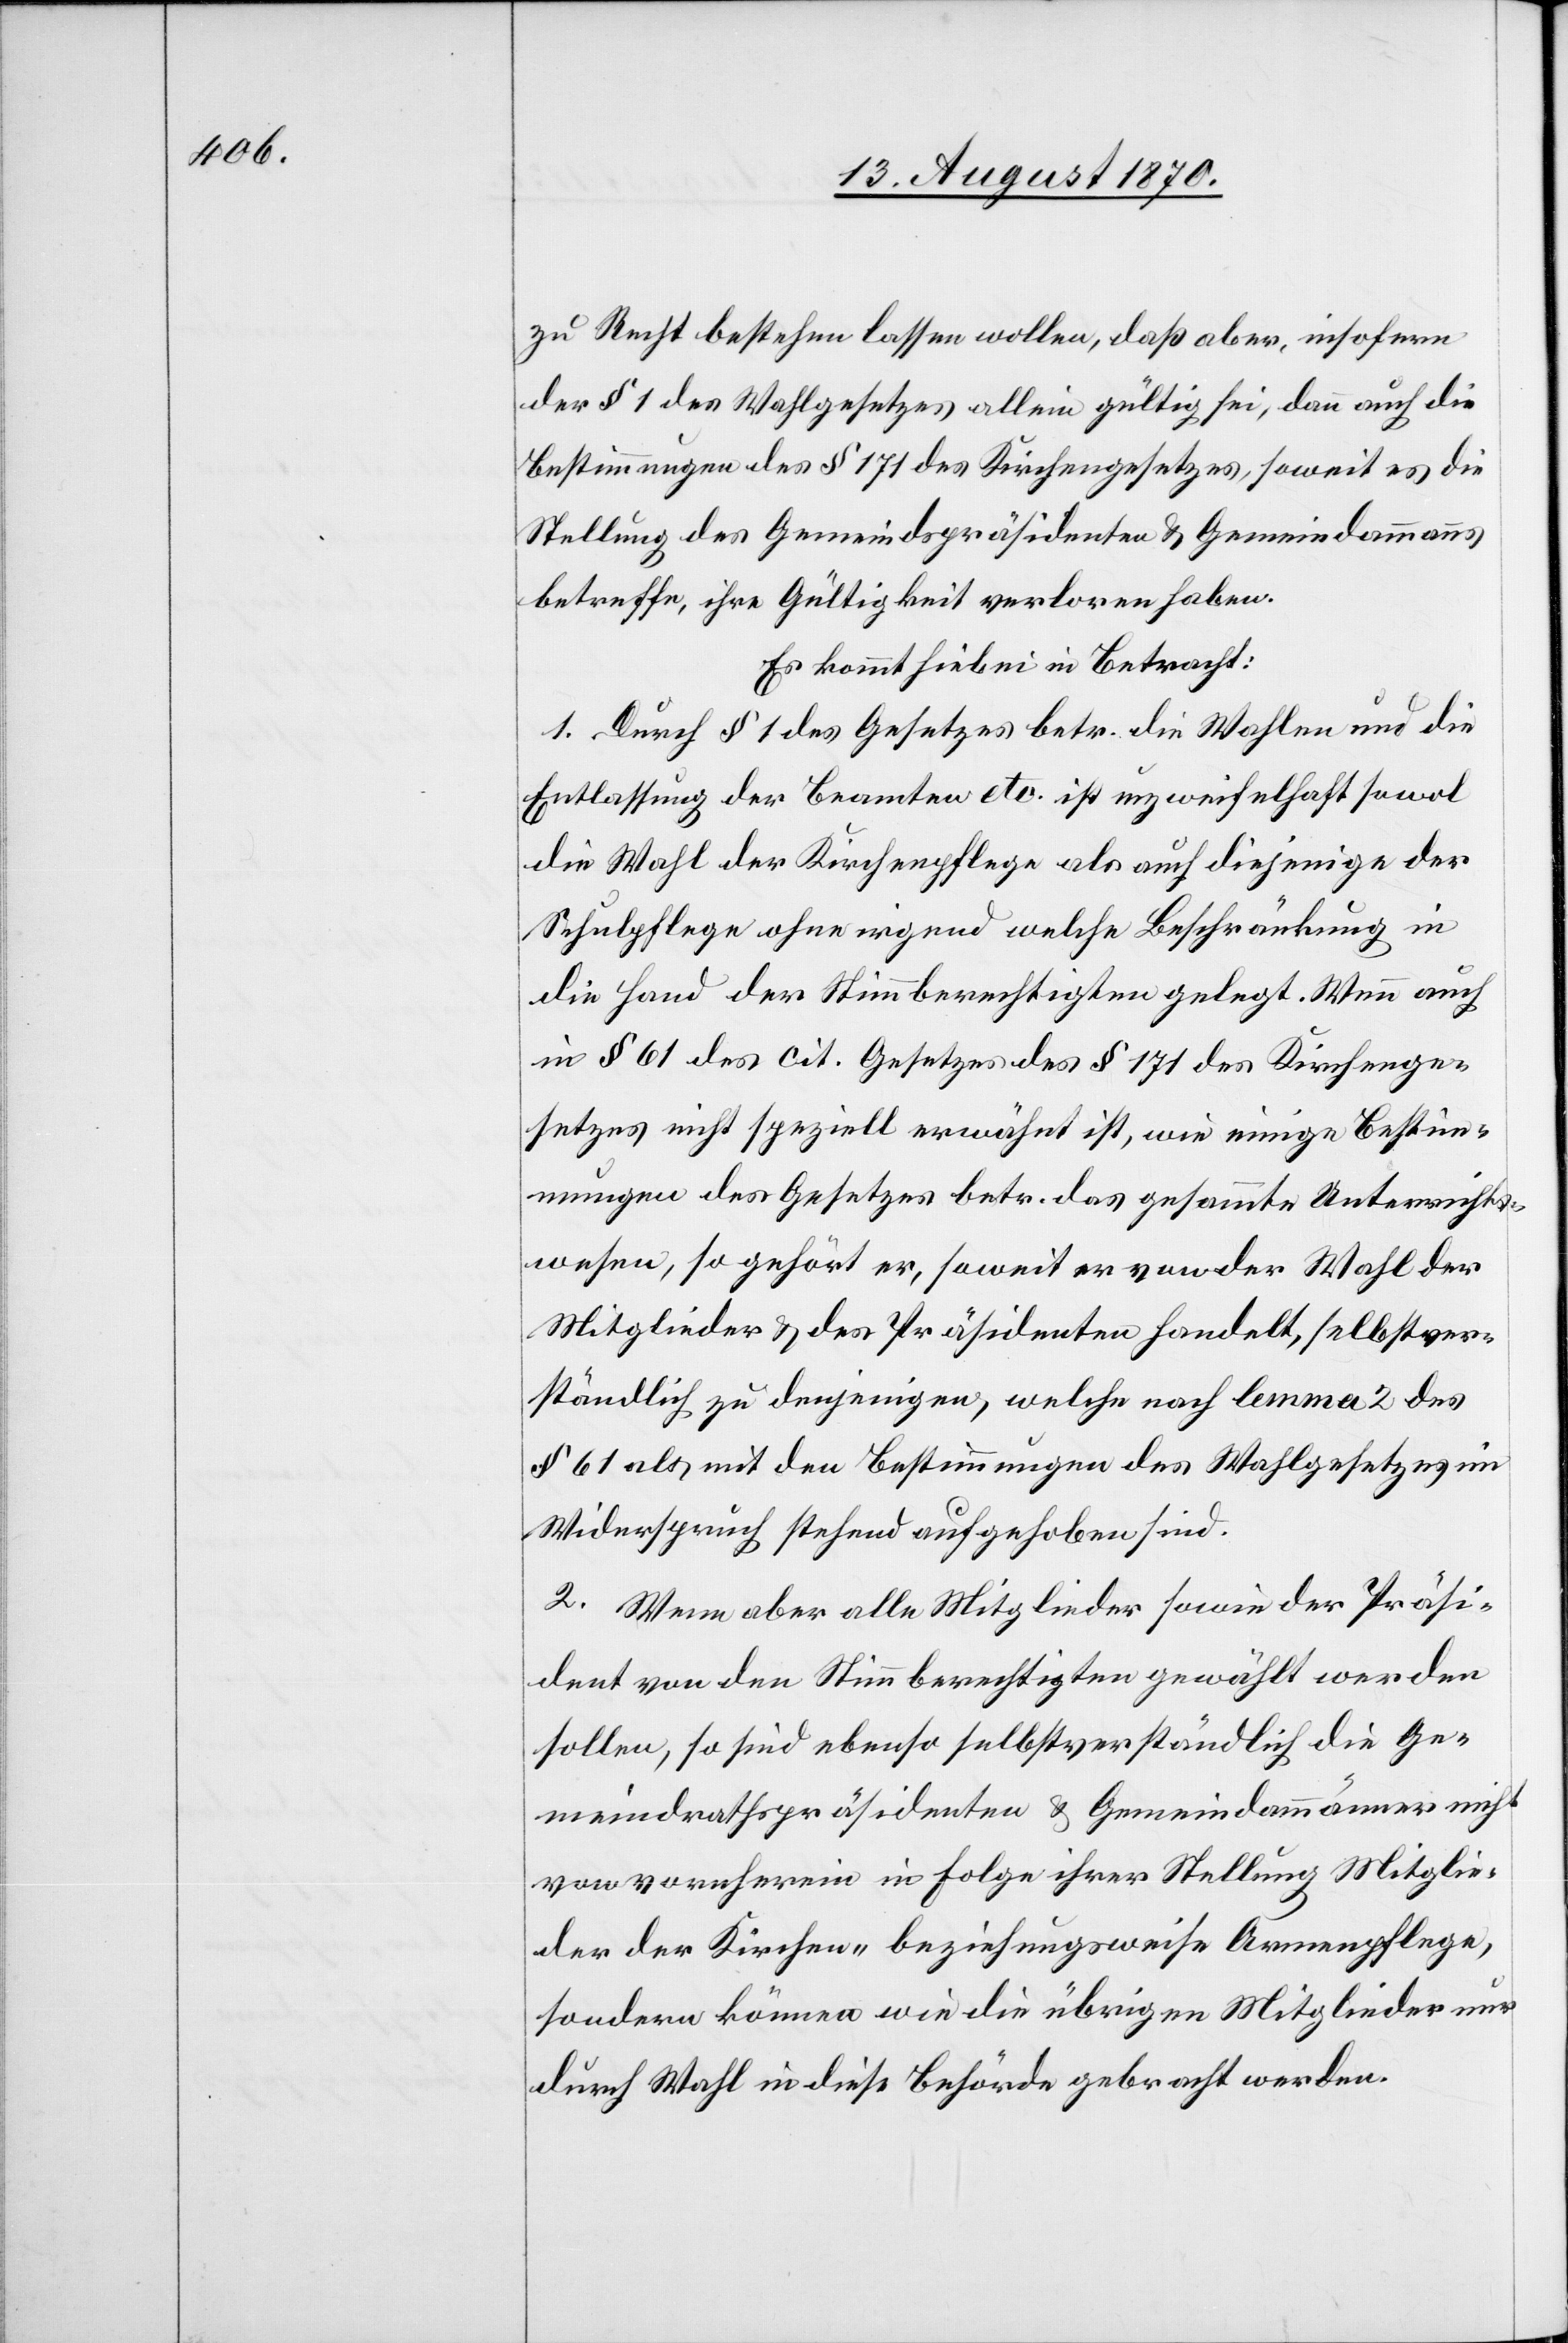
zu Recht bestehen lassen wollen, daß aber, insofern
der § 1 des Wahlgesetzes allein gültig sei, dann auch die
Bestimmungen des § 171 des Kirchengesetzes, soweit es die
Stellung des Gemeindspräsidenten & Gemeindammanns
betreffe, ihre Gültigkeit verloren haben.
Es kommt hiebei in Betracht:
1. Durch § 1 des Gesetzes betr. die Wahlen und die
Entlassung der Beamten etc. ist unzweifelhaft sowol
die Wahl der Kirchenpflege als auch diejenige der
Schulpflege ohne irgend welche Beschränkung in
die Hand der Stimmberechtigten gelegt. Wenn auch
in § 61 des cit. Gesetzes des § 171 des Kirchenge¬
setzes nicht speziell erwähnt ist, wie einige Bestim¬
mungen des Gesetzes betr. das gesammte Unterrichts¬
wesen, so gehört er, soweit er von der Wahl der
Mitglieder & des Präsidenten handelt, selbstver¬
ständlich zu denjenigen, welche nach lemma 2 des
§ 62 als mit den Bestimmungen des Wahlgesetzes im
Widerspruch stehend aufgehoben sind.
2. Wenn aber alle Mitglieder sowie der Präsi¬
dent von den Stimmberechtigten gewählt werden
sollen, so sind ebenso selbstverständlich die Ge¬
meindrathspräsidenten & Gemeindammänner nicht
von vornherein in Folge ihrer Stellung Mitglie¬
der der Kirchen- beziehungsweise Armenpflege,
sondern können wie die übrigen Mitglieder nur
durch Wahl in diese Behörde gebracht werden.